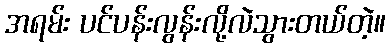
အရမ်း ပင်ပန်းလွန်းလို့လဲသွားတယ်တဲ့။